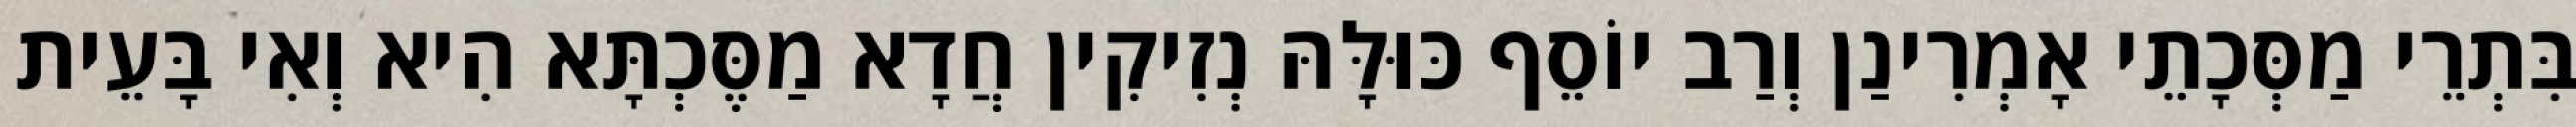
בִּתְרֵי מַסְּכָתֵי אָמְרִינַן וְרַב יוֹסֵף כּוּלָּהּ נְזִיקִין חֲדָא מַסֶּכְתָּא הִיא וְאִי בָּעֵית